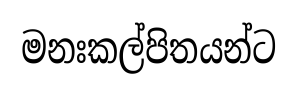
මනඃකල්පිතයන්ට